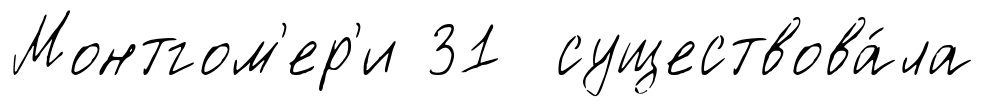
Монтгом'ер'и 31 существова́ла